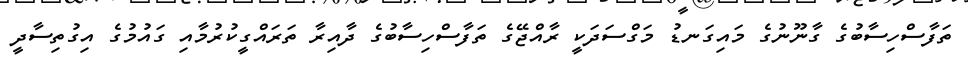
ތަފާސްހިސާބުގެ ގާނޫނުގެ މައިގަނޑު މަގްސަދަކީ ރާއްޖޭގެ ތަފާސްހިސާބުގެ ދާއިރާ ތަރައްގީކުރުމާއި ގައުމުގެ އިގުތިސާދީ